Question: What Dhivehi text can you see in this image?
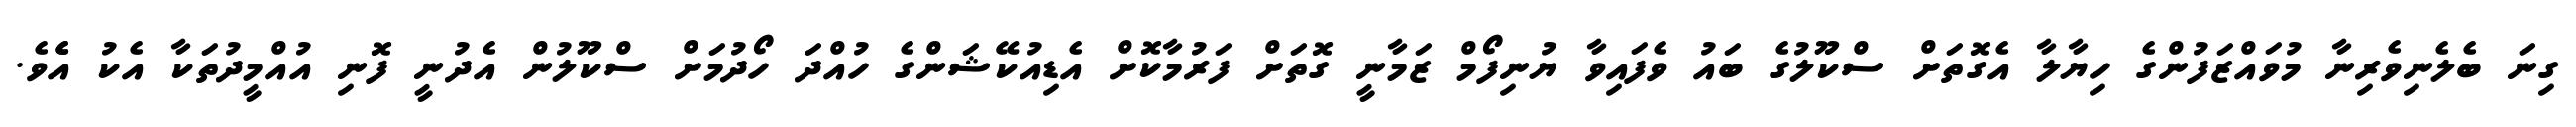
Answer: ގިނަ ބެލެނިވެރިނާ މުވައްޒަފުންގެ ހިޔާލާ އެގޮތަށް ސްކޫލުގެ ބައު ވެފައިވާ ޔުނިފޯމް ޒަމާނީ ގޮތަށް ފަރުމާކޮށް އެޑިއުކޭޝަންގެ ހުއްދަ ހޯދުމަށް ސްކޫލުން އެދުނީ ފޮނި އުއްމީދުތަކާ އެކު އެެވެ.